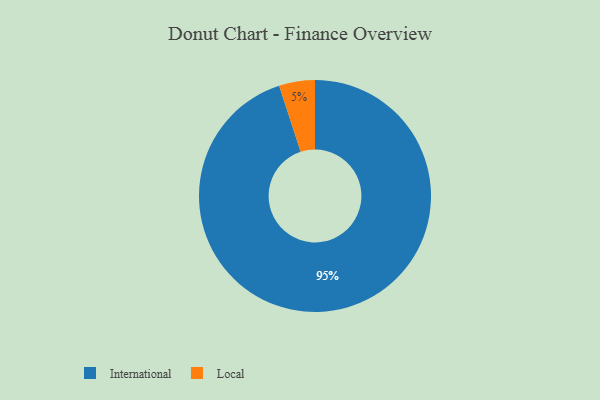
{"axis": {"x": "Category", "y": "Percentage"}, "legend": ["International", "Local"], "data": [{"x": "Local", "y": 5, "type": "Local"}, {"x": "International", "y": 95, "type": "International"}]}